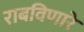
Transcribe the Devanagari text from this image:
राबविणारे